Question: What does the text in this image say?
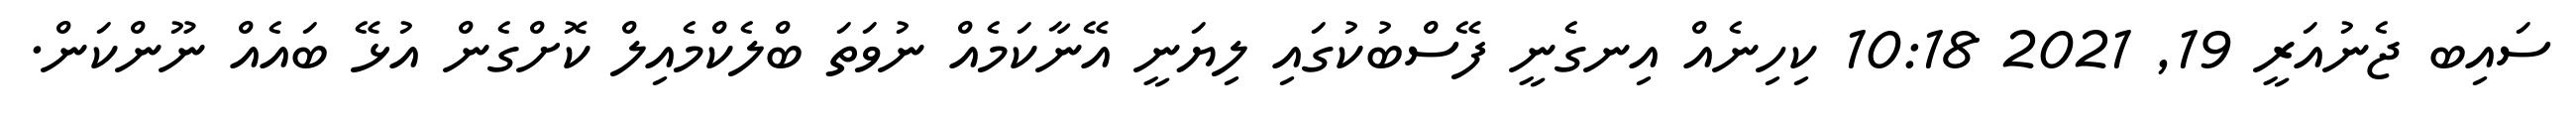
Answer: ސައިބ ޖެނުއަރީ 19, 2021 10:18 ކިހިނެއް އިނގެނީ ފޭސްބުކުގައި ލިޔަނީ އޭނާކަމެއް ނުވަތަ ބްލެކްމެއިލް ކޮށްގެން އުޅޭ ބައެއް ނޫންކަން.